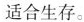
适合生存。